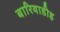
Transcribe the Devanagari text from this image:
बारियाडीह